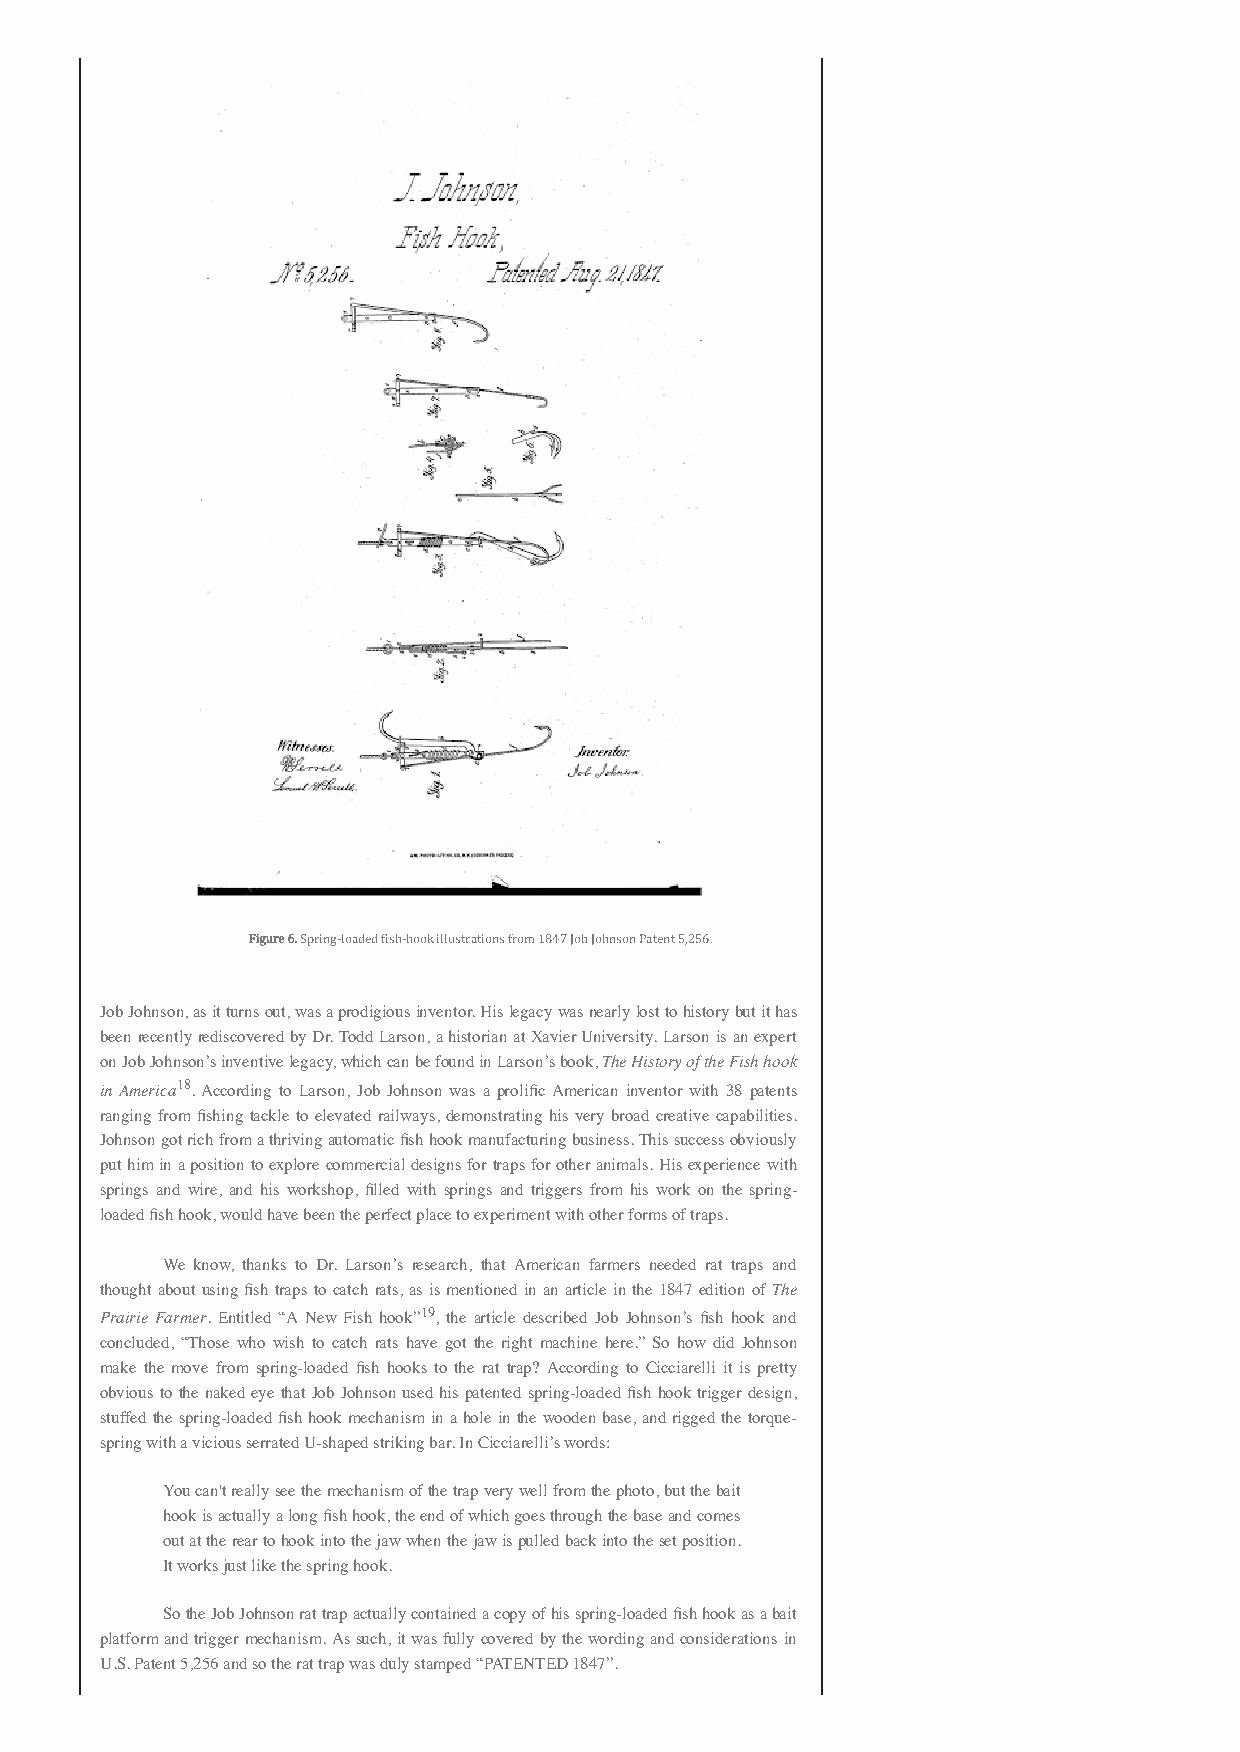
Figure 6. Spring-loaded fish-hook illustrations from 1847 Job Johnson Patent 5,256.
 Job Johnson, as it turns out, was a prodigious inventor. His legacy was nearly lost to history but it has
 been recently rediscovered by Dr. Todd Larson, a historian at Xavier University. Larson is an expert
 on Job Johnson’s inventive legacy, which can be found in Larson’s book, The History of the Fish hook
 in America18. According to Larson, Job Johnson was a prolific American inventor with 38 patents
 ranging from fishing tackle to elevated railways, demonstrating his very broad creative capabilities.
 Johnson got rich from a thriving automatic fish hook manufacturing business. This success obviously
 put him in a position to explore commercial designs for traps for other animals. His experience with
 springs and wire, and his workshop, filled with springs and triggers from his work on the spring-
 loaded fish hook, would have been the perfect place to experiment with other forms of traps.
 We know, thanks to Dr. Larson’s research, that American farmers needed rat traps and
 thought about using fish traps to catch rats, as is mentioned in an article in the 1847 edition of The
 Prairie Farmer. Entitled “A New Fish hook”19, the article described Job Johnson’s fish hook and
 concluded, “Those who wish to catch rats have got the right machine here.” So how did Johnson
 make the move from spring-loaded fish hooks to the rat trap? According to Cicciarelli it is pretty
 obvious to the naked eye that Job Johnson used his patented spring-loaded fish hook trigger design,
 stuffed the spring-loaded fish hook mechanism in a hole in the wooden base, and rigged the torque-
 spring with a vicious serrated U-shaped striking bar. In Cicciarelli’s words:
 You can't really see the mechanism of the trap very well from the photo, but the bait
 hook is actually a long fish hook, the end of which goes through the base and comes
 out at the rear to hook into the jaw when the jaw is pulled back into the set position.
 It works just like the spring hook.
 So the Job Johnson rat trap actually contained a copy of his spring-loaded fish hook as a bait
 platform and trigger mechanism. As such, it was fully covered by the wording and considerations in
 U.S. Patent 5,256 and so the rat trap was duly stamped “PATENTED 1847”.